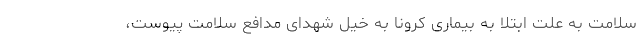
سلامت به علت ابتلا به بیماری کرونا به خیل شهدای مدافع سلامت پیوست،